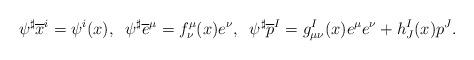
LaTeX: \begin{align*}\psi^\sharp \overline{x}^i = \psi^i(x),\;\;\psi^\sharp\overline{e}^\mu = f^\mu_{\nu}(x) e^\nu,\;\; \psi^\sharp\overline{p}^I = g_{\mu\nu}^I(x) e^\mu e^\nu + h^I_J(x) p^J.\end{align*}